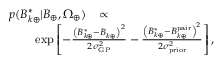
\begin{array} { r l r } { p ( B _ { k \oplus } ^ { * } | \boldsymbol { B } _ { \oplus } , \Omega _ { \oplus } ) } & { \propto } & \\ & { } & { \! \! \! \! \! \! \! \! \! \! \! \! \! \! \! \! \! \! \! \! \! \! \! \! \! \! \! \! \! \! \! \! \! \! \! \! \! \! \! \! \! \! \exp \left[ - \frac { \left( B _ { k \oplus } ^ { * } - B _ { k \oplus } ^ { \bigstar } \right) ^ { 2 } } { 2 \sigma _ { \mathrm { G P } } ^ { 2 } } - \frac { \left( B _ { k \oplus } ^ { * } - B _ { k \oplus } ^ { \mathrm { p a i r } } \right) ^ { 2 } } { 2 \sigma _ { \mathrm { p r i o r } } ^ { 2 } } \right] , } \end{array}